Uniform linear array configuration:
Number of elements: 8
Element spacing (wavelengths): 1
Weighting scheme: hamming
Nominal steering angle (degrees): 45
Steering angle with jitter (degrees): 45.397
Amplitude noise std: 0.05
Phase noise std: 0.05

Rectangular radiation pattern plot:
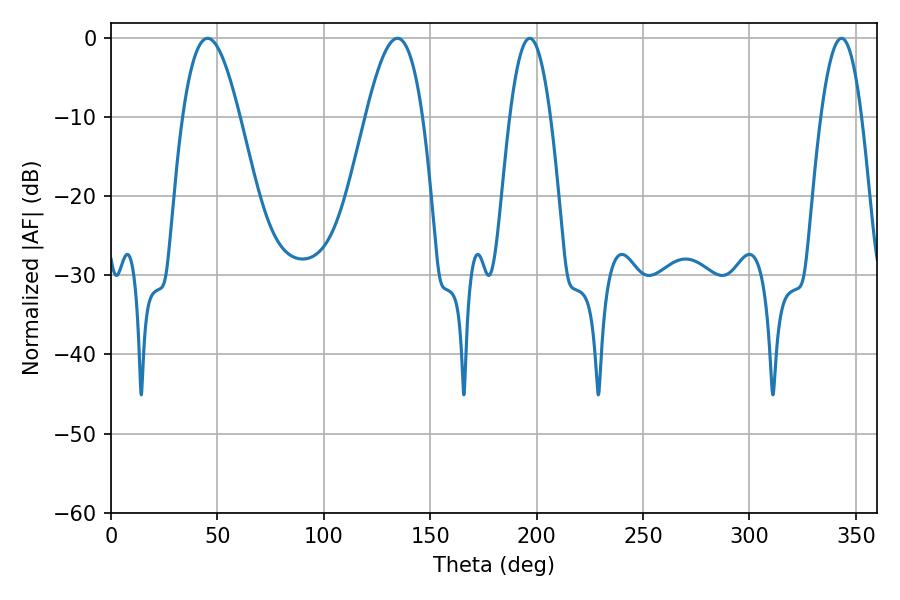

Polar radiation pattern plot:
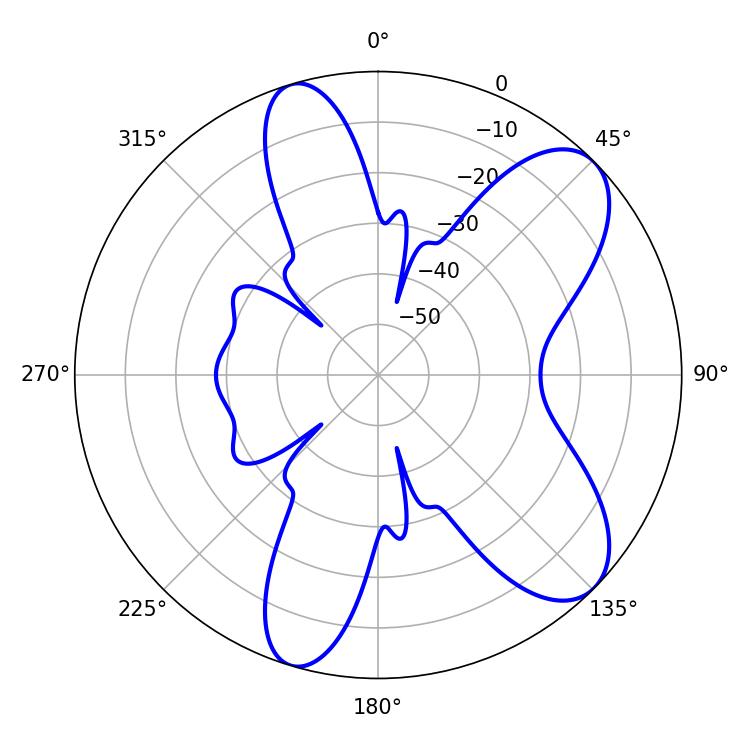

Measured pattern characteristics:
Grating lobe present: TRUE
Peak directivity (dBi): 8.486
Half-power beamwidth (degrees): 10.44
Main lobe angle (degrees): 196.74